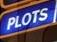
plots